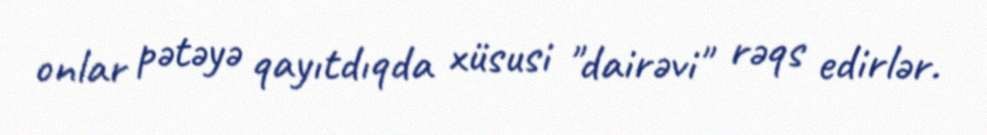
onlar pətəyə qayıtdıqda xüsusi "dairəvi" rəqs edirlər.